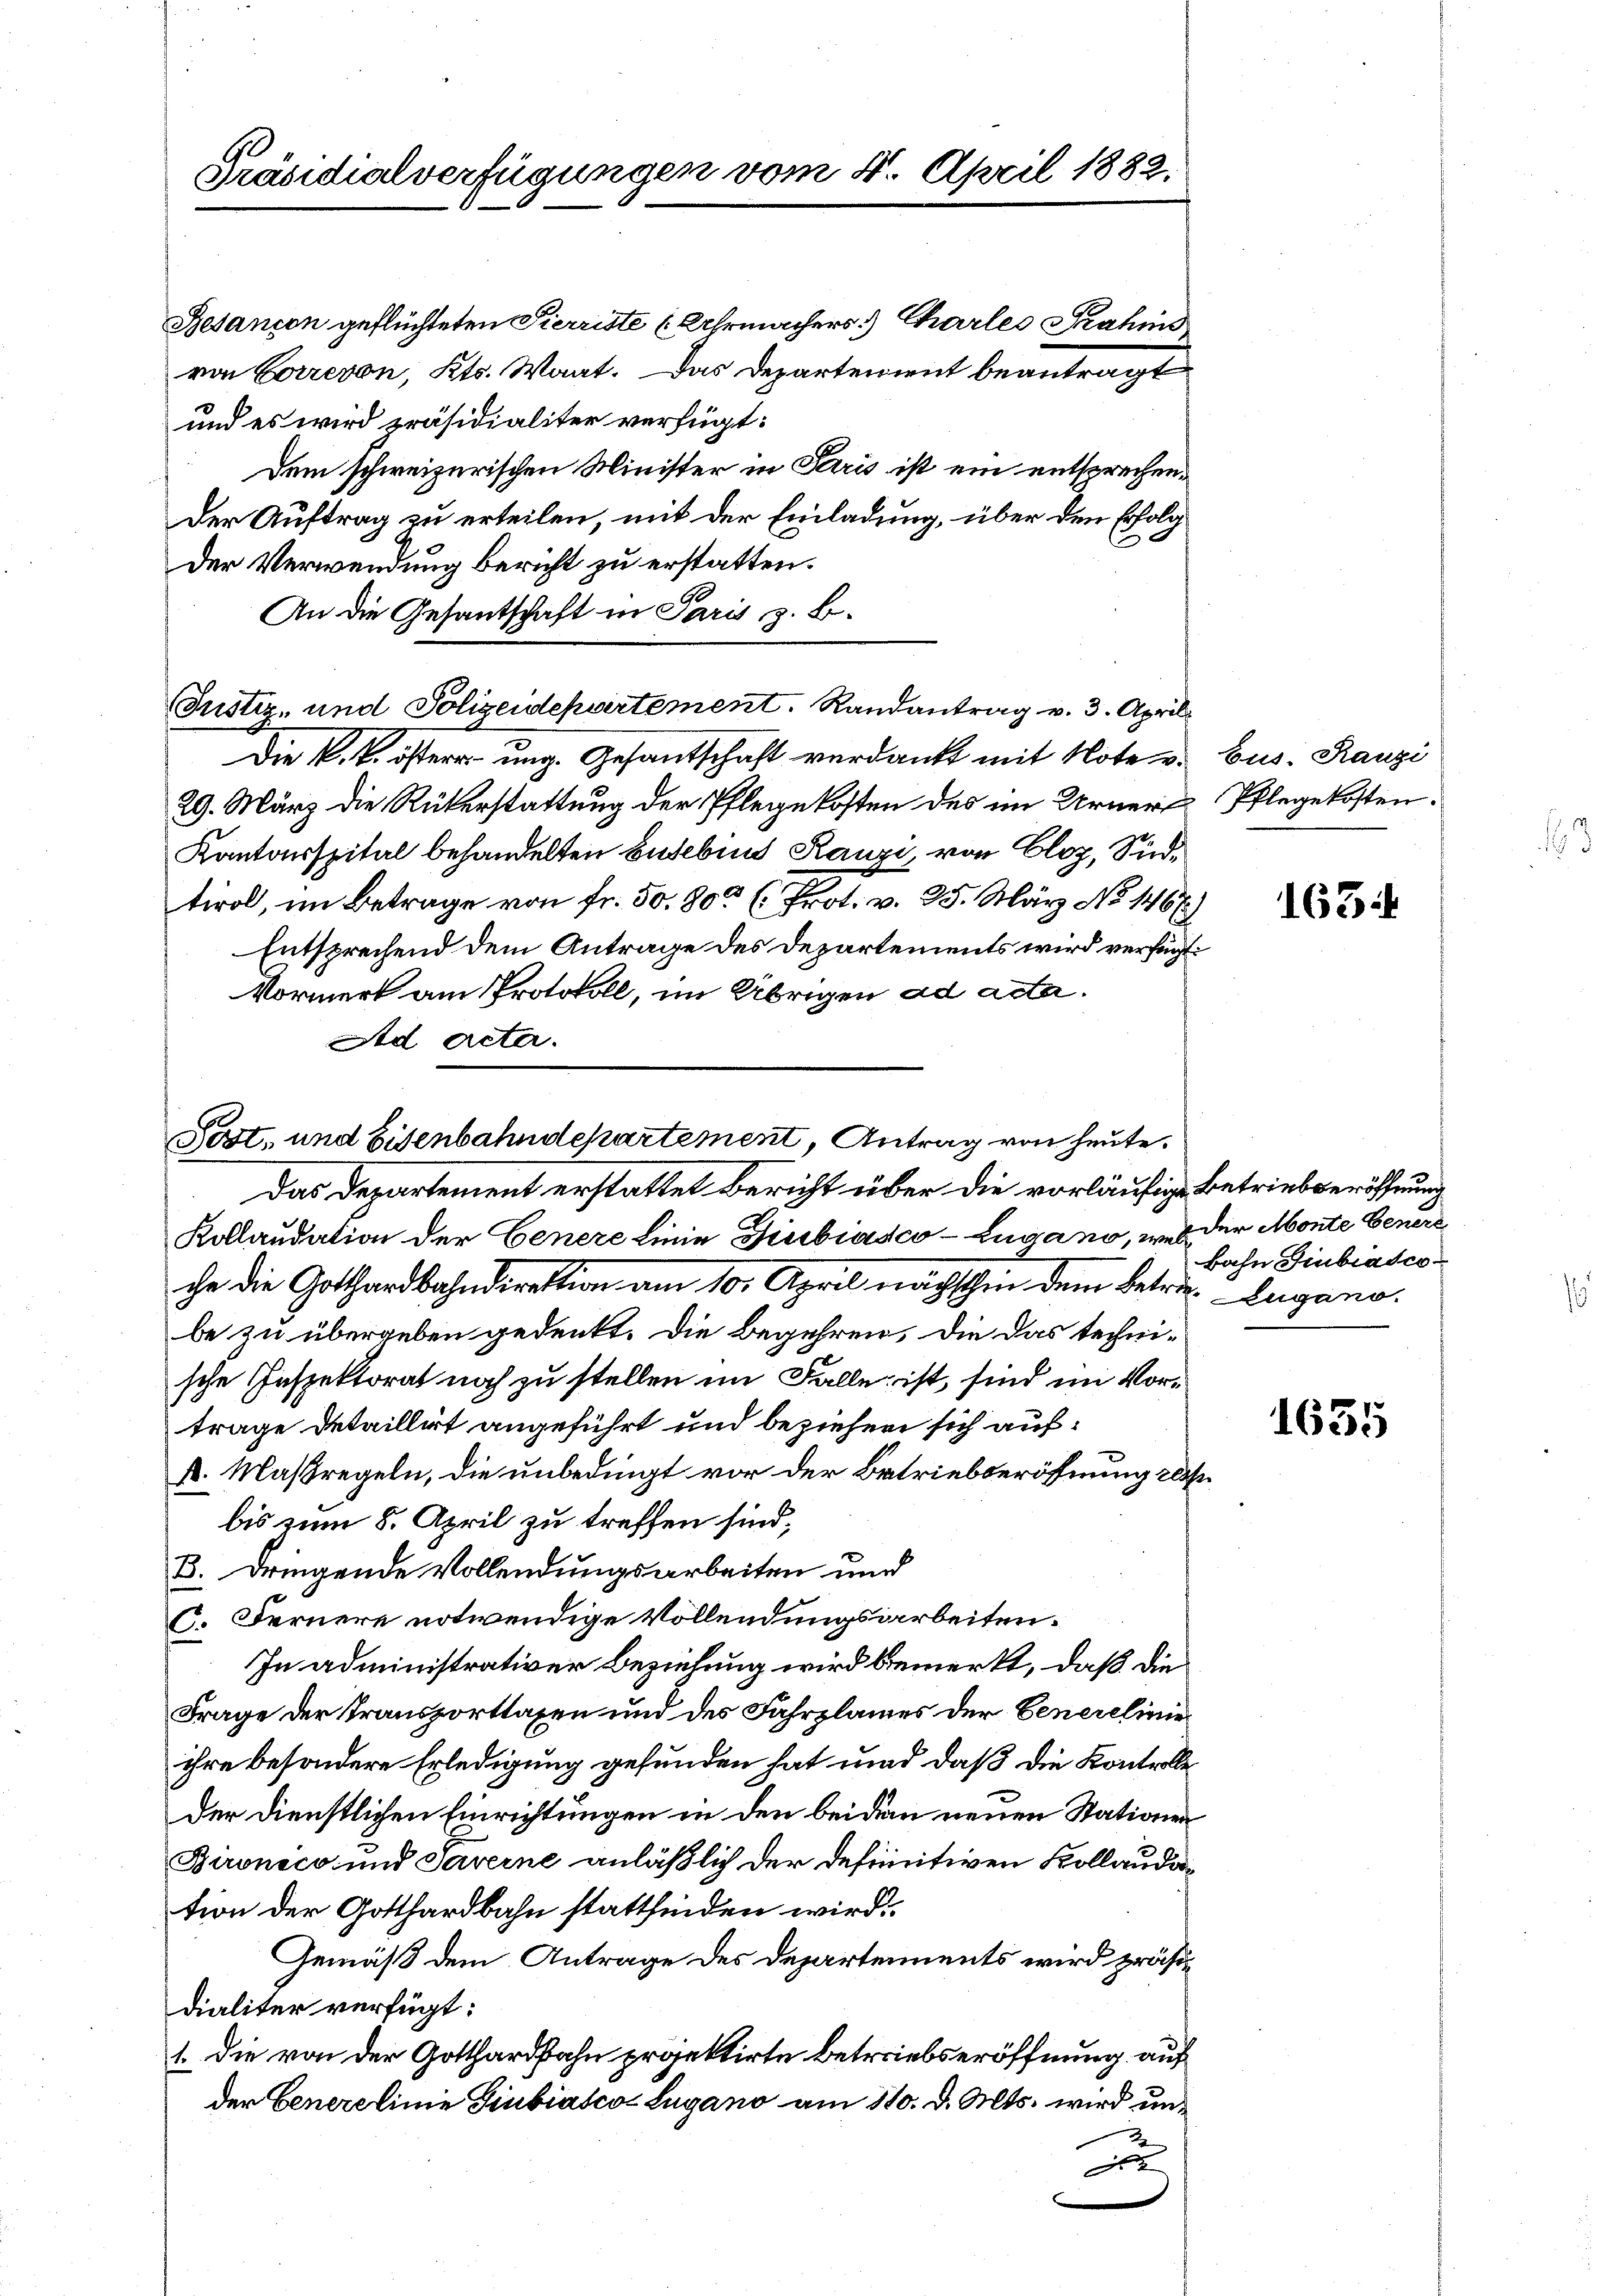
Präsidialverfügungen vom 4. April 1882.

Belancon geflüchteten Pierriste (Uhrmachers Charler Prahms
von Correvon, Kts. Want. Das Departement beantragt
und es wird präsidialiter verfügt:
Dem schweizerischen Minister in Paris ist ein entsprechen¬
Der Auftrag zu erteilen, mit der Einladung, über den Erfolg
Der Verwendung bericht zu erstatten.
An die Gesantschaft in Paris z. B.
Justiz- und Polizeidepartement. Randantrag v. 3. April
Die k. k. öster ung. Gesantschaft verdankt mit Note u.
29. März die Rükerstattung der Pflegekosten des im Urner Pflegekosten.
Kantonsspital behandelten Busebins Ranzi, von Cloz, Südtirol, im Betrage von fr. 50, 80 (Prot. v. 25. März No 1467)
Entsprechend dem Antrage des Departements wird verfügt:
Vormerk am Protokoll, im Übrigen ad acta.
Ad Acta.

Post, und Eisenbahndepartement, Antrag von heute.

Das Departement erstattet Bericht über die vorläufige Betriebseröffnung
Kollaudation der Genere Linie Giubiasco Zugano, was der Monte Genere
che die Gotthardbahndirektion am 10. April nachschin dem betr. Lugano.
be zu übergeben gedenkt. Die Begehren, die das technische Inspektorat noch zu stellen im Falle ist, sind im Vortrage detaillirt angeführt und beziehen sich auf:
k. Maßregeln, die unbedingt vor der Betriebseröffnung des
bis zum 8. April zu treffen sind,
B. dringende Vollendungsarbeiten und
C. Fernere notwendige Vollendungsarbeiten.
In administrativer Beziehung wird bemerkt, daß die
Frage der Transportlagen und des Fahrplanes der Generelinie
ihre besondere Erledigung gefunden hat und daß die Kontrolleder Dienstlichen Einrichtungen in den beidem neuen Stationen
Bironico und Saverne anläßlich der definitiven Kollaudation der Gotthardbahn stattfinden wird.
Gemäß dem Antrage des Departements wird präsidialiter verfügt:
1. Die von der Gotthardbahn projektirte Betriebseröffnung auf
der Generelinie Giubiasco Lugano am 110. d. Mts. wird und

bus. Ranzi

163.

Bahn Giubiasco

1635